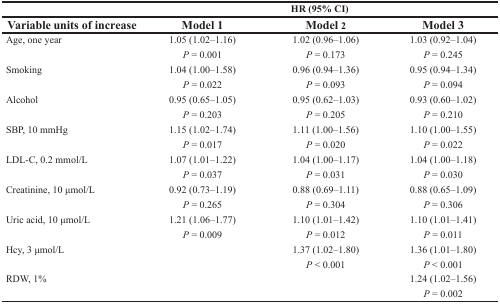
|  | <COLSPAN=3> HR (95% CI) |
 | Variable units of increase | Model 1 | Model 2 | Model 3 |
 | --- | --- | --- | --- |
 | Age, one year | 1.05 (1.02–1.16) | 1.02 (0.96–1.06) | 1.03 (0.92–1.04) |
 |  | P = 0.001 | P = 0.173 | P = 0.245 |
 | Smoking | 1.04 (1.00–1.58) | 0.96 (0.94–1.36) | 0.95 (0.94–1.34) |
 |  | P = 0.022 | P = 0.093 | P = 0.094 |
 | Alcohol | 0.95 (0.65–1.05) | 0.95 (0.62–1.03) | 0.93 (0.60–1.02) |
 |  | P = 0.203 | P = 0.205 | P = 0.210 |
 | SBP, 10 mmHg | 1.15 (1.02–1.74) | 1.11 (1.00–1.56) | 1.10 (1.00–1.55) |
 |  | P = 0.017 | P = 0.020 | P = 0.022 |
 | LDL-C, 0.2 mmol/L | 1.07 (1.01–1.22) | 1.04 (1.00–1.17) | 1.04 (1.00–1.18) |
 |  | P = 0.037 | P = 0.031 | P = 0.030 |
 | Creatinine, 10 μmol/L | 0.92 (0.73–1.19) | 0.88 (0.69–1.11) | 0.88 (0.65–1.09) |
 |  | P = 0.265 | P = 0.304 | P = 0.306 |
 | Uric acid, 10 μmol/L | 1.21 (1.06–1.77) | 1.10 (1.01–1.42) | 1.10 (1.01–1.41) |
 |  | P = 0.009 | P = 0.012 | P = 0.011 |
 | Hcy, 3 μmol/L |  | 1.37 (1.02–1.80) | 1.36 (1.01–1.80) |
 |  |  | P < 0.001 | P < 0.001 |
 | RDW, 1% |  |  | 1.24 (1.02–1.56) |
 |  |  |  | P = 0.002 |